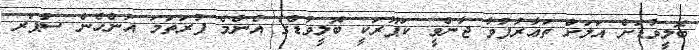
ބޮލީވުޑަށް އަލަށް ތަޢާރުފުވާ ޖާންވީ ކަޕޫރަކީ ބޮލީވުޑްގެ އެންމެ ފުރަތަމަ އަންހެން ސުޕަރ